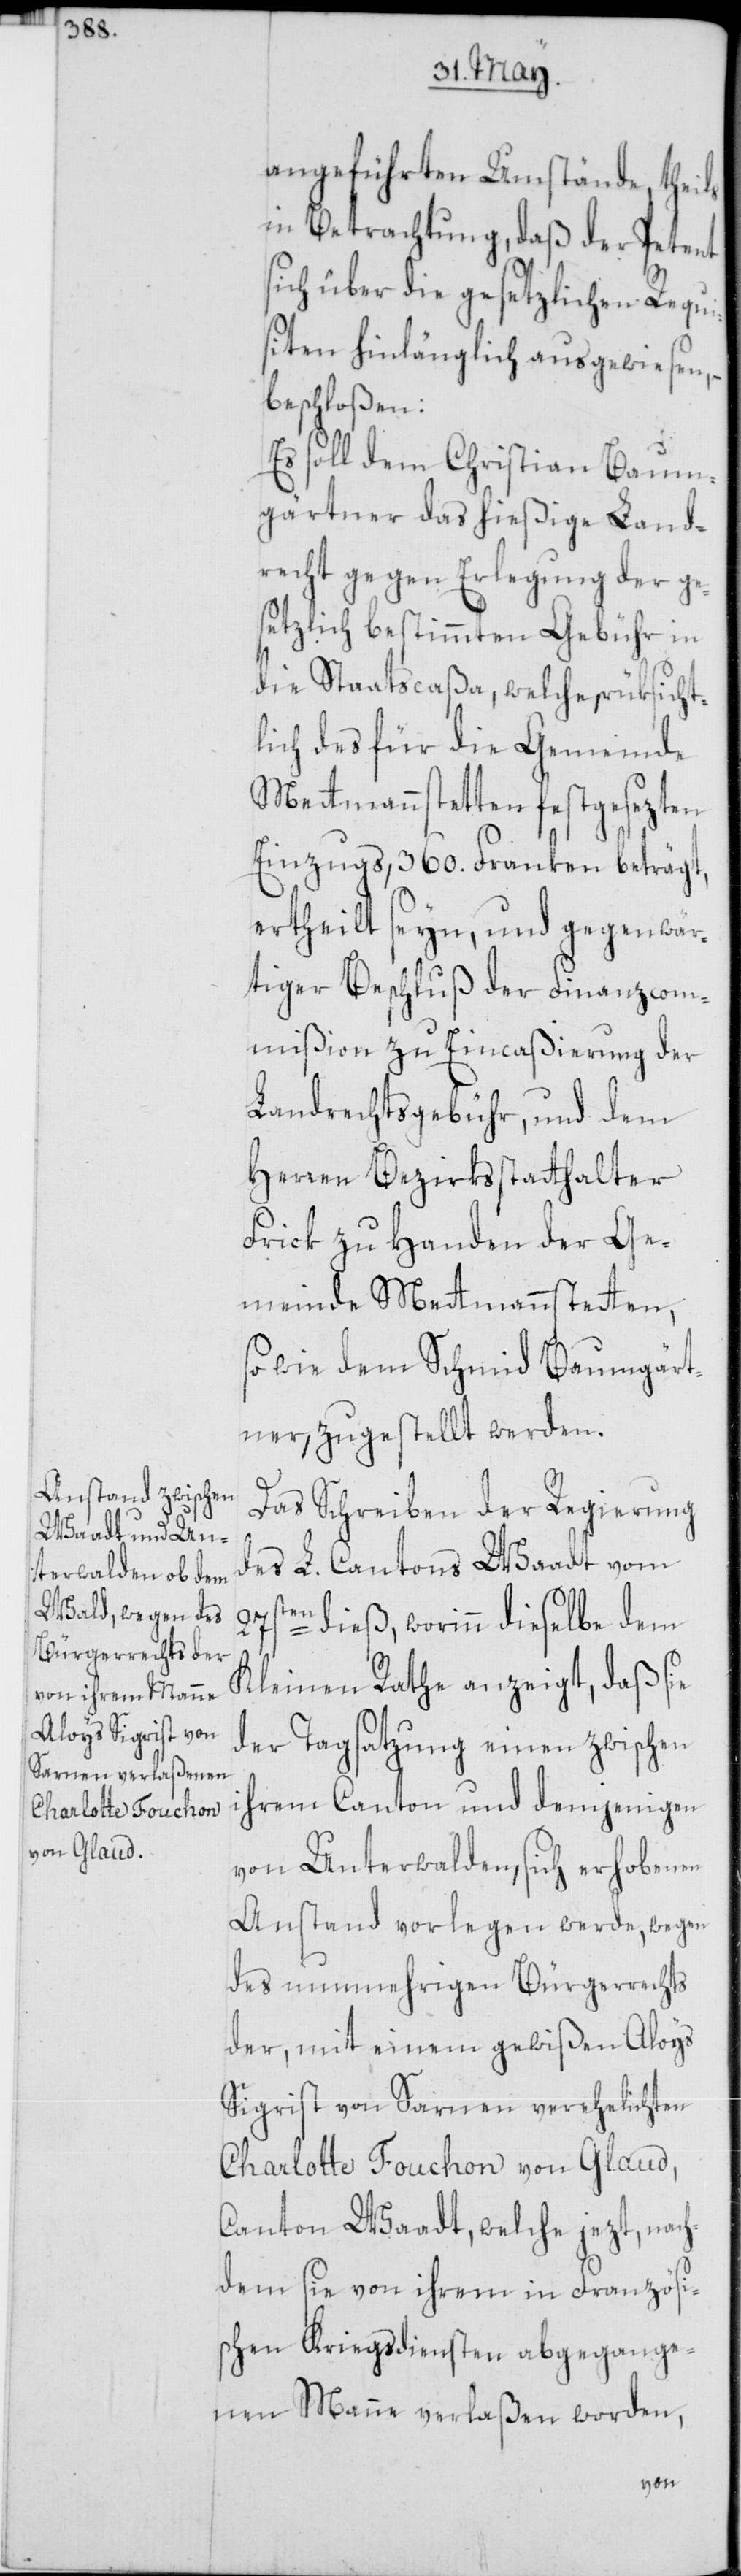
angeführten Umstände, theils
in Betrachtung, daß der Petent
sich über die gesetzlichen Requi¬
siten hinlänglich ausgewiesen, –
beschloßen:
Es soll dem Christian Baum¬
gärtner das hießige Land¬
recht gegen Erlegung der ge¬
setzlich bestimmten Gebühr in
die Staatscaßa, welche, rüksicht¬
lich des für die Gemeinde
Mettmannstetten festgesezten
Einzugs, 360. Franken beträgt,
ertheilt seyn, und gegenwär¬
tiger Beschluß der Finanzcom¬
mißion zu Eincaßierung der
Landrechtsgebühr, und dem
Herren Bezirksstatthalter
Frick zu Handen der Ge¬
meinde Mettmannstetten,
so wie dem Schmid Baumgärt¬
ner, zugestellt werden.
Das Schreiben der Regierung
des L. Cantons Waadt vom
27s¬
ten dieß, worinn dieselbe dem
Kleinen Rathe anzeigt, daß sie
der Tagsatzung einen zwischen
ihrem Canton und demjenigen
von Unterwalden, sich erhobenen
Anstand vorlegen werde, wegen
des nunmehrigen Bürgerrechts
der, mit einem gewißen Aloys
Sigrist von Sarnen verehelichten
Charlotte Fouchon von Glaud,
Canton Waadt, welche jezt, nach¬
dem sie von ihrem in Französi¬
schen Kriegsdiensten abgegange¬
nen Manne verlaßen worden,